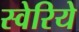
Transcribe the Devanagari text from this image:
स्वेरिये